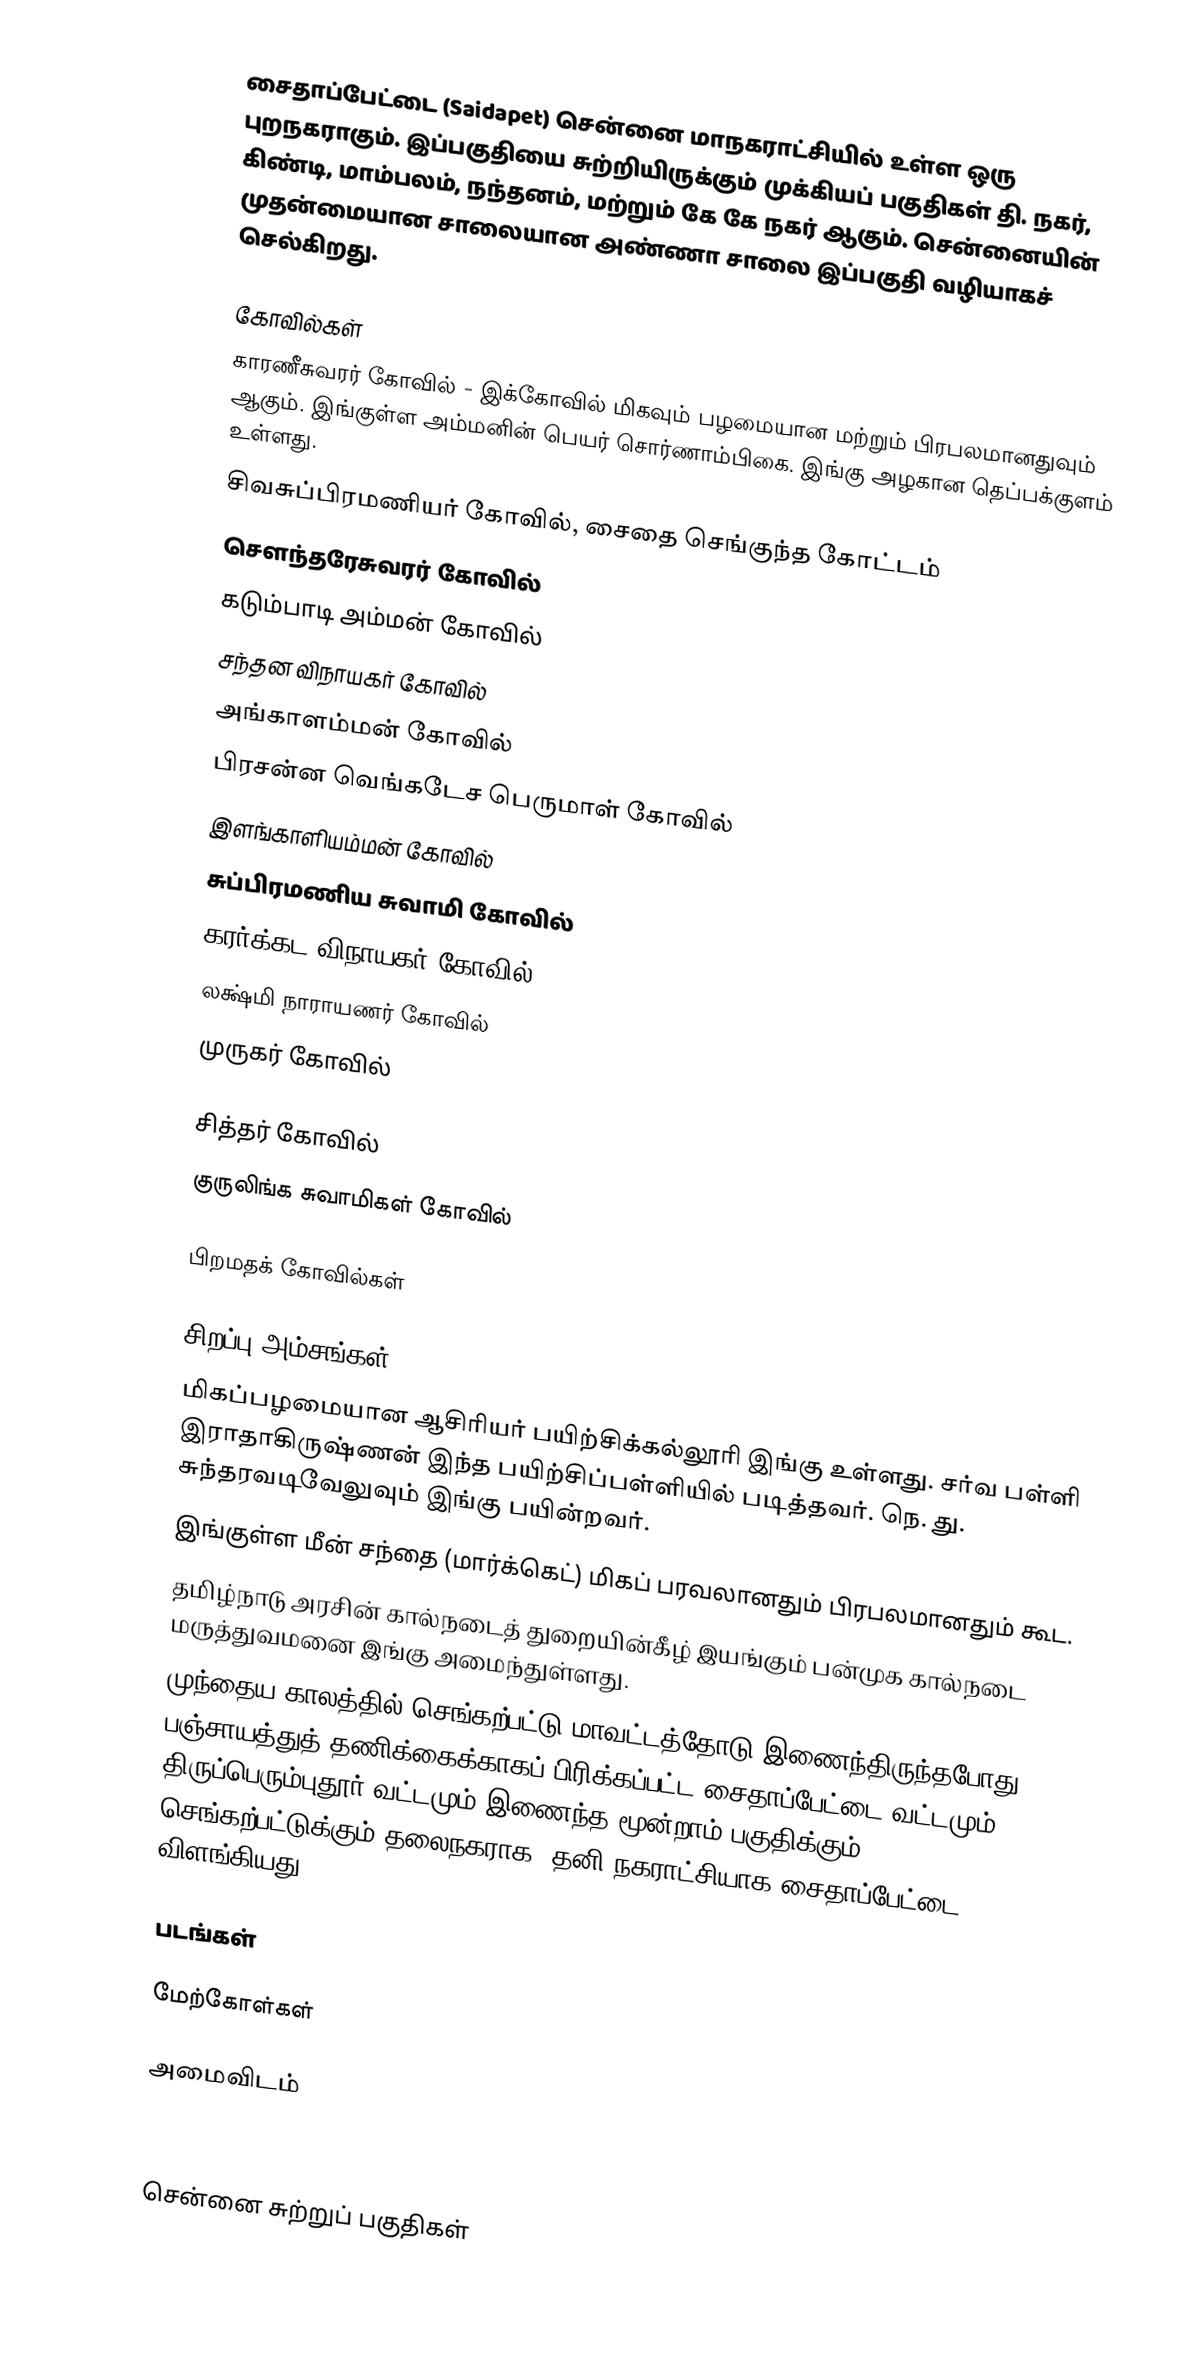
சைதாப்பேட்டை (Saidapet) சென்னை மாநகராட்சியில் உள்ள ஒரு புறநகராகும். இப்பகுதியை சுற்றியிருக்கும் முக்கியப் பகுதிகள் தி. நகர், கிண்டி, மாம்பலம், நந்தனம், மற்றும் கே கே நகர் ஆகும். சென்னையின் முதன்மையான சாலையான அண்ணா சாலை இப்பகுதி வழியாகச் செல்கிறது.

கோவில்கள்
 காரணீசுவரர் கோவில் - இக்கோவில் மிகவும் பழமையான மற்றும் பிரபலமானதுவும் ஆகும். இங்குள்ள அம்மனின் பெயர் சொர்ணாம்பிகை. இங்கு அழகான தெப்பக்குளம் உள்ளது.
 சிவசுப்பிரமணியர் கோவில், சைதை செங்குந்த கோட்டம்
 சௌந்தரேசுவரர் கோவில்
 கடும்பாடி அம்மன் கோவில்
 சந்தன விநாயகர் கோவில்
 அங்காளம்மன் கோவில்
 பிரசன்ன வெங்கடேச பெருமாள் கோவில்
 இளங்காளியம்மன் கோவில்
 சுப்பிரமணிய சுவாமி கோவில்
 கரர்க்கட விநாயகர் கோவில்
லக்ஷ்மி நாராயணர் கோவில்
 முருகர் கோவில்

சித்தர் கோவில்
 குருலிங்க சுவாமிகள் கோவில்

பிறமதக் கோவில்கள்

சிறப்பு அம்சங்கள்
 மிகப்பழமையான ஆசிரியர் பயிற்சிக்கல்லூரி இங்கு உள்ளது. சர்வ பள்ளி இராதாகிருஷ்ணன் இந்த பயிற்சிப்பள்ளியில் படித்தவர். நெ. து. சுந்தரவடிவேலுவும் இங்கு பயின்றவர்.
 இங்குள்ள மீன் சந்தை (மார்க்கெட்) மிகப் பரவலானதும் பிரபலமானதும் கூட.
 தமிழ்நாடு அரசின் கால்நடைத் துறையின்கீழ் இயங்கும் பன்முக கால்நடை மருத்துவமனை இங்கு அமைந்துள்ளது.
 முந்தைய காலத்தில் செங்கற்பட்டு மாவட்டத்தோடு இணைந்திருந்தபோது பஞ்சாயத்துத் தணிக்கைக்காகப் பிரிக்கப்பட்ட சைதாப்பேட்டை வட்டமும் திருப்பெரும்புதூர் வட்டமும் இணைந்த மூன்றாம் பகுதிக்கும், செங்கற்பட்டுக்கும் தலைநகராக, தனி நகராட்சியாக சைதாப்பேட்டை விளங்கியது.

படங்கள்

மேற்கோள்கள்

அமைவிடம்



சென்னை சுற்றுப் பகுதிகள்